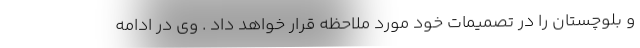
و بلوچستان را در تصمیمات خود مورد ملاحظه قرار خواهد داد . وی در ادامه